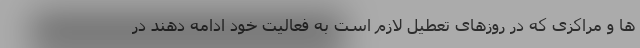
ها و مراکزی که در روزهای تعطیل لازم است به فعالیت خود ادامه دهند در